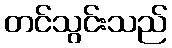
တင်သွင်းသည်